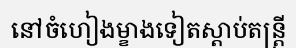
នៅចំហៀងម្ខាងទៀតស្តាប់តន្ត្រី